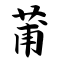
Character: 莆